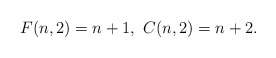
\begin{align*}F(n,2) = n+1,\ C(n,2) = n+2.\end{align*}